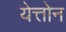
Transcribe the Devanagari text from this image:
येत्तोन